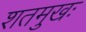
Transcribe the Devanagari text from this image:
शतमुखः